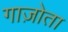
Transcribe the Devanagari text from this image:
गाज़ोता